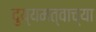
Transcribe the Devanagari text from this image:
दुय्यमत्वाच्या